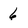
Character: 6